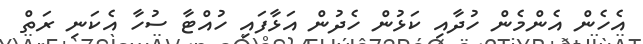
އެހެން އެންމެން ހުދާއި ކަޅުން ހެދުން އަޅާފައި ހުއްޓާ ސުހާ އެކަނި ރަތް